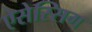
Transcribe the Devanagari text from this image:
ऐसेस्सिग